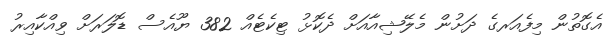
އެގޮތުން މިފެއަރގެ ދަށުން މެލޭޝިއާއަށް ދެކޮޅު ޓިކެޓެއް 382 ޔޫއެސް ޑޮލަރަށް ވިއްކާއިރު